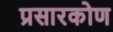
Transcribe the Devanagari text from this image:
प्रसारकोण